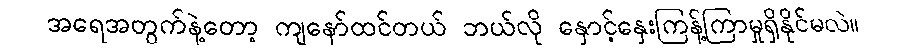
အရေအတွက်နဲ့တော့ ကျနော်ထင်တယ် ဘယ်လို နှောင့်နှေးကြန့်ကြာမှုရှိနိုင်မလဲ။